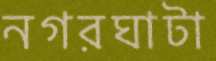
নগরঘাটা